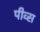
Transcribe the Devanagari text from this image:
पीव्स